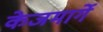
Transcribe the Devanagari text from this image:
केजमार्गे